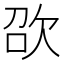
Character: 欩